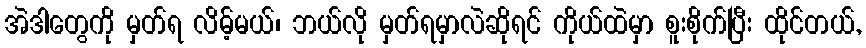
အဲဒါတွေကို မှတ်ရ လိမ့်မယ်၊ ဘယ်လို မှတ်ရမှာလဲဆိုရင် ကိုယ်ထဲမှာ စူးစိုက်ပြီး ထိုင်တယ်,